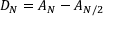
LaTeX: D _ { N } = A _ { N } - A _ { N / 2 }